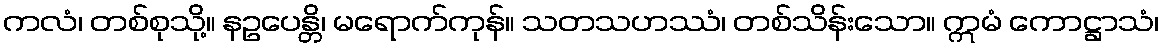
ကလံ၊ တစ်စုသို့။ နဥပေန္တိ၊ မရောက်ကုန်။ သတသဟဿံ၊ တစ်သိန်းသော။ ဣမံ ကောဋ္ဌာသံ၊